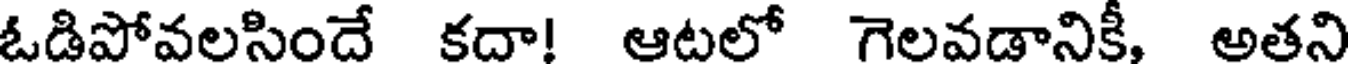
ఓడిపోవలసిందే కదా! ఆటలో గెలవడానికీ, అతని